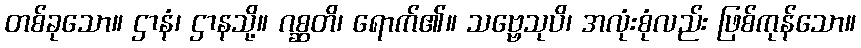
တစ်ခုသော။ ဌာနံ၊ ဌာနသို့။ ဂစ္ဆတိ၊ ရောက်၏။ သဗ္ဗေသုပိ၊ အလုံးစုံလည်း ဖြစ်ကုန်သော။